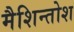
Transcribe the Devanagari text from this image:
मैशिन्तोश